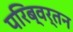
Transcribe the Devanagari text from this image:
परिब्वर्तन